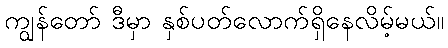
ကျွန်တော် ဒီမှာ နှစ်ပတ်လောက်ရှိနေလိမ့်မယ်။